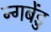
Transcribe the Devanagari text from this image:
न्गबेंडु